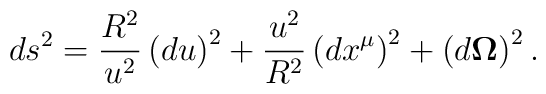
ds^2=\frac{R^2}{u^2}\left( du\right) ^2+\frac{u^2}{R^2}\left( dx^\mu \right)^2+\left( d{\bf \Omega }\right) ^2.